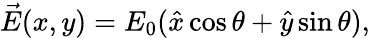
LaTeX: \begin{array}{r}{\vec{E}(x,y)=E_{0}(\hat{x}\cos{\theta}+\hat{y}\sin{\theta}),}\end{array}